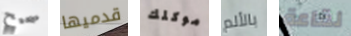
صحيح قدميها موكلك بالألم لقاعة